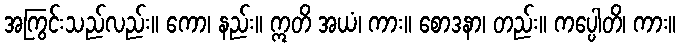
အကြွင်းသည်လည်း။ ကော၊ နည်း။ ဣတိ အယံ၊ ကား။ စောဒနာ၊ တည်း။ ကပ္ပေါတိ၊ ကား။